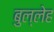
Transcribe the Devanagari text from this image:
बुल्लेह